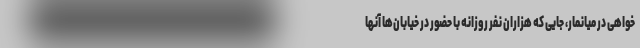
خواهی در میانمار، جایی که هزاران نفر روزانه با حضور در خیابان‌ها آنها